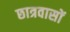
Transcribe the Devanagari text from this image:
छात्रवासों